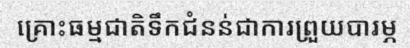
គ្រោះធម្មជាតិទឹកជំនន់ជាការព្រួយបារម្ភ